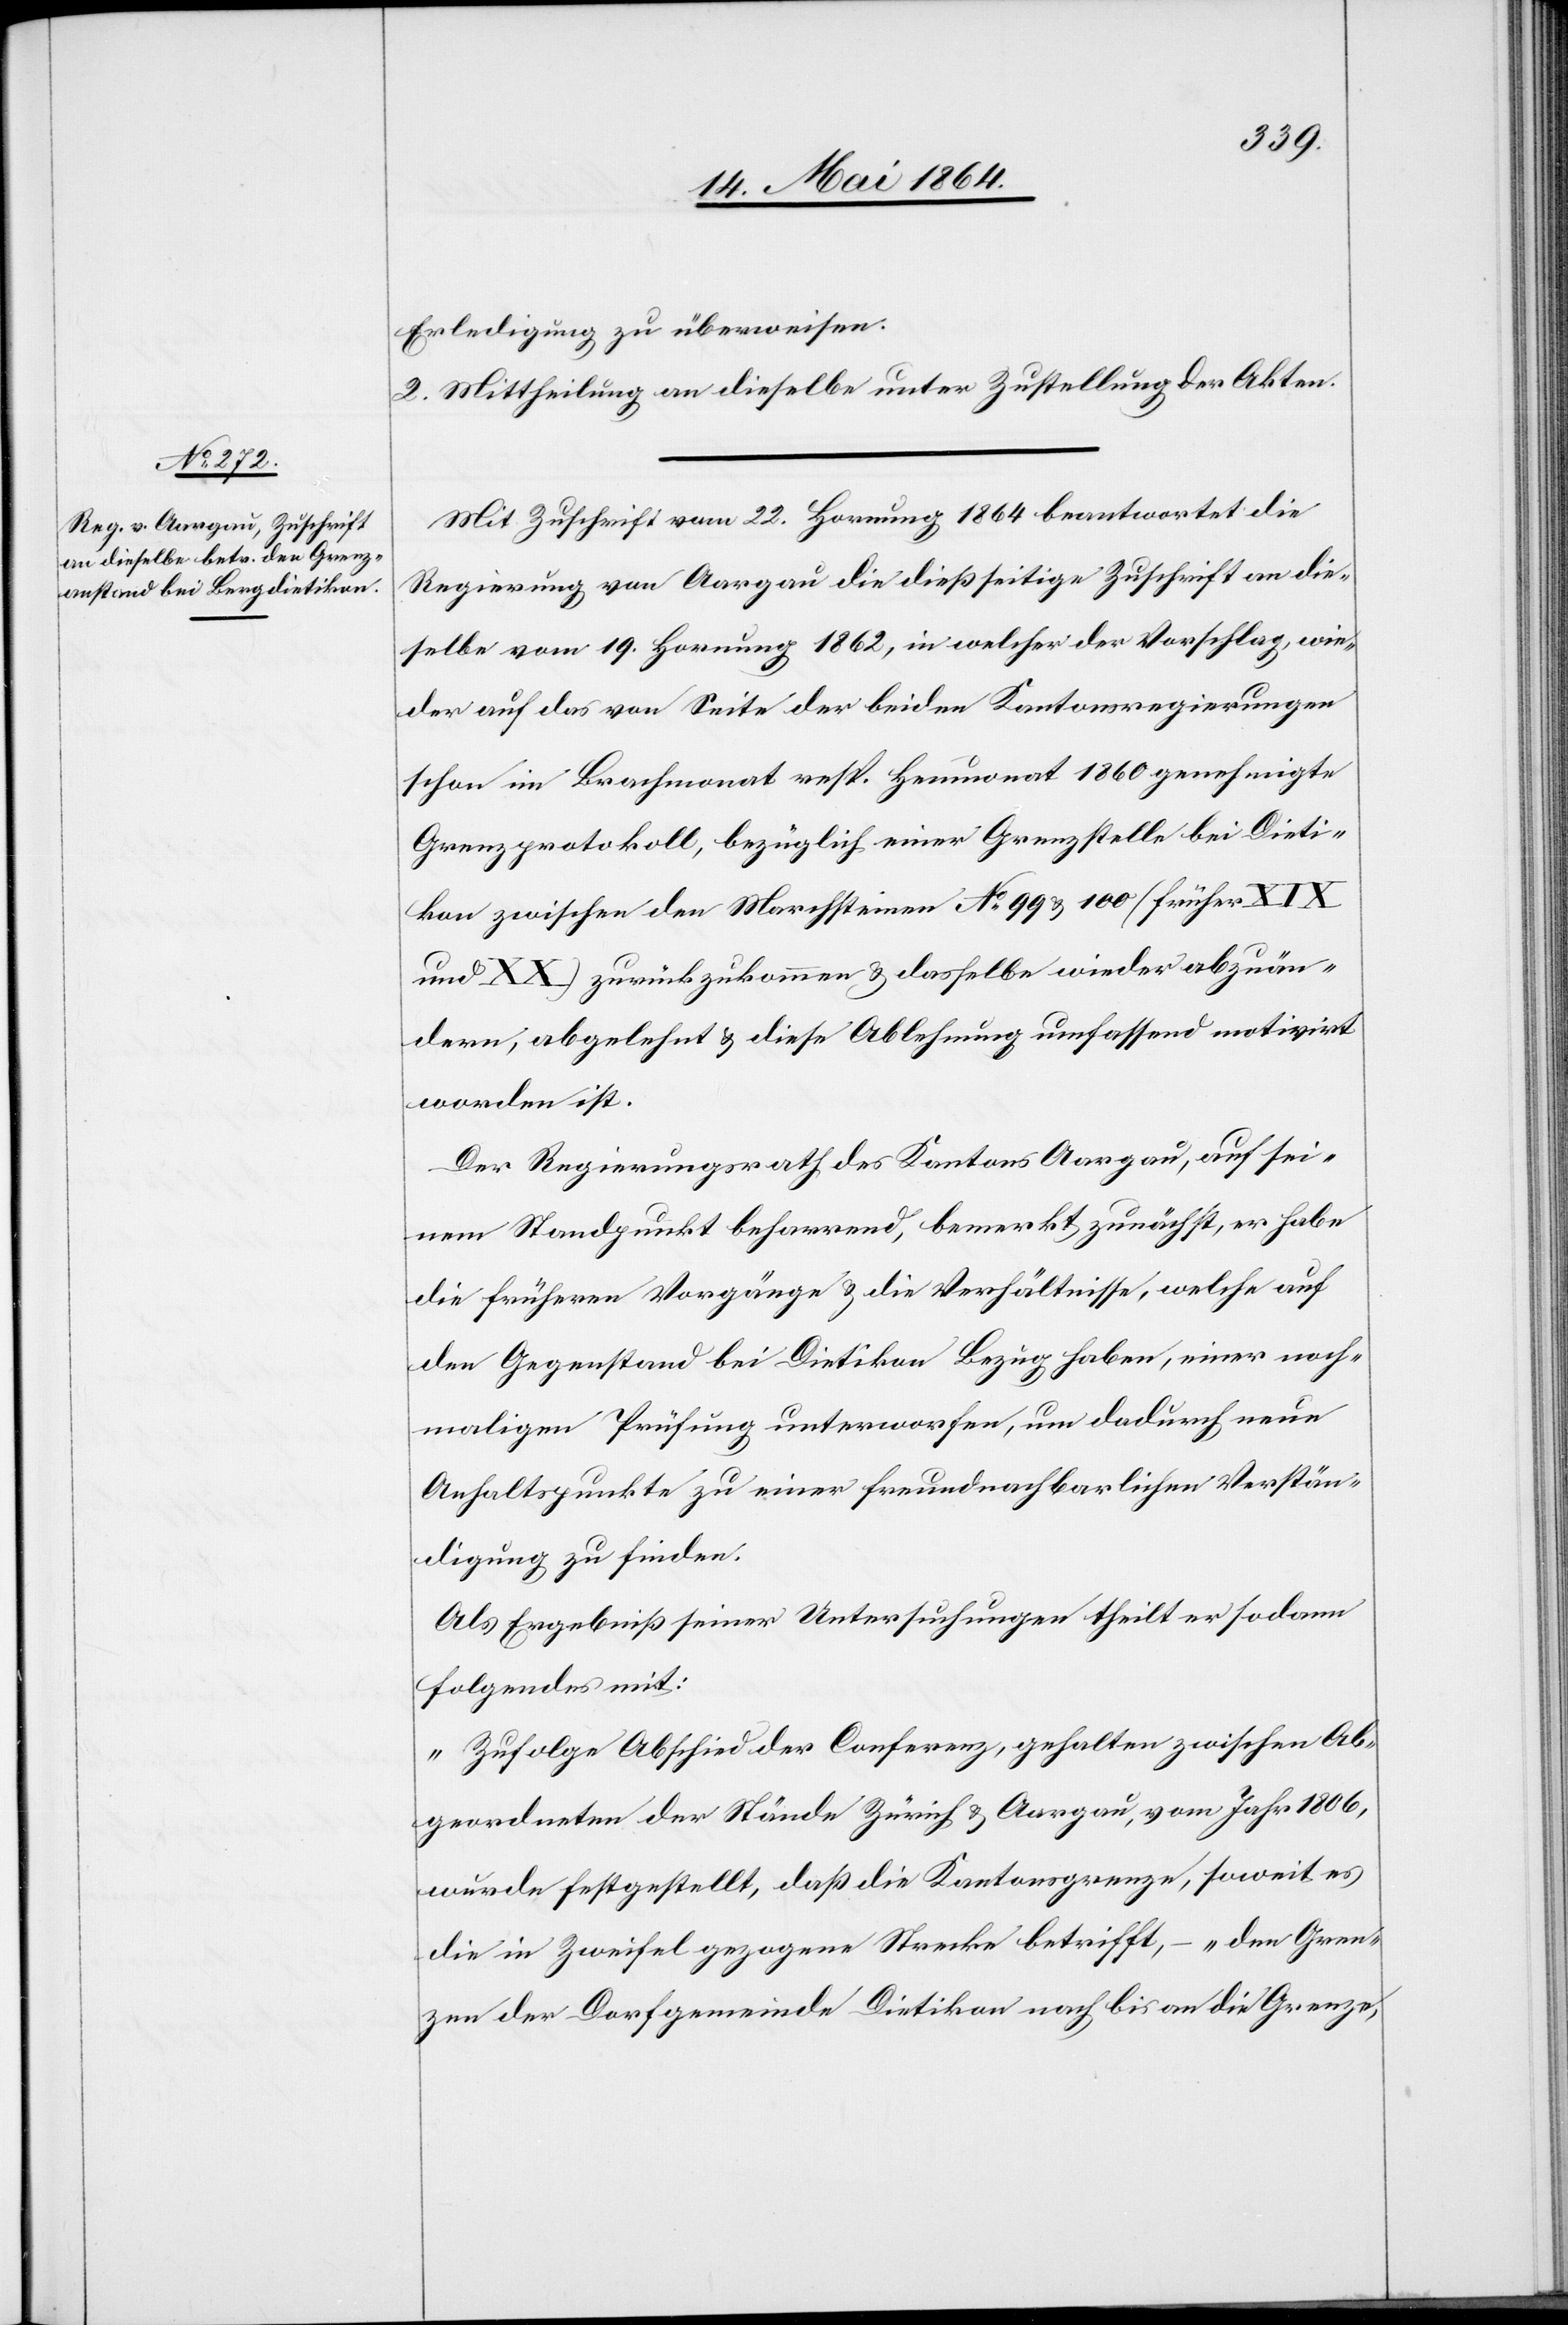
Erledigung zu überweisen.
2. Mittheilung an dieselbe unter Zustellung der Akten.
Mit Zuschrift vom 22. Hornung 1864 beantwortet die
Regierung von Aargau die dießseitige Zuschrift an die¬
selbe vom 19. Hornung 1862, in welcher der Vorschlag, wie¬
der auf das von Seite der beiden Kantonsregierungen
schon im Brachmonat resp. Heumonat 1860 genehmigte
Grenzprotokoll, bezüglich einer Grenzstelle bei Dieti¬
kon zwischen den Marchsteinen No 99 u. 100 (früher XIX
und XX) zurückzukommen u. dasselbe wieder abzuän¬
dern, abgelehnt u. diese Ablehnung umfassend motivirt
worden ist.
Der Regierungsrath des Kantons Aargau, auf sei¬
nem Standpunkt beharrend, bemerkt zunächst, er habe
die früheren Vorgänge u. die Verhältnisse, welche auf
den Gegenstand bei Dietikon Bezug haben, einer noch¬
maligen Prüfung unterworfen, um dadurch neue
Anhaltspunkte zu einer freundnachbarlichen Verstän¬
digung zu finden.
Als Ergebniß seiner Untersuchungen theilt er sodann
Folgendes mit:
„Zufolge Abschied der Conferenz, gehalten zwischen Ab¬
geordneten der Stände Zürich u. Aargau, vom Jahr 1806,
wurde festgestellt, daß die Kantonsgrenze, soweit es
die in Zweifel gezogene Strecke betrifft, – „den Gren¬
zen der Dorfgemeinde Dietikon nach bis an die Grenze,